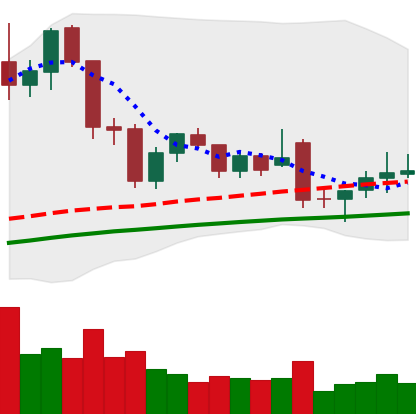
Ticker: LTC-USD
Chart end date: 2021-12-01
Forward return: -22.532%
Label: down_7plus